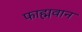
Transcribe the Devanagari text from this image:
फाह्मवान